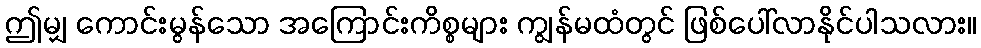
ဤမျှ ကောင်းမွန်သော အကြောင်းကိစ္စများ ကျွန်မထံတွင် ဖြစ်ပေါ်လာနိုင်ပါသလား။